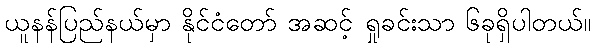
ယူနန်ပြည်နယ်မှာ နိုင်ငံတော် အဆင့် ရှုခင်းသာ ၆ခုရှိပါတယ်။